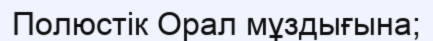
Полюстік Орал мұздығына;